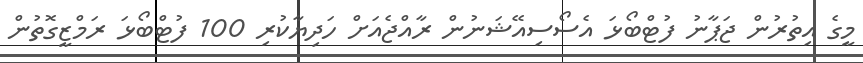
މީގެ އިތުރުން ޖަޕާނު ފުޓްބޯޅަ އެސޯސިއޭޝަނުން ރާއްޖެއަށް ހަދިޔާކުރި 100 ފުޓްބޯޅަ ރަމްޒީގޮތުން